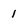
Character: 1